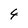
Character: 4